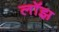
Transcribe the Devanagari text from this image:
लॉझ